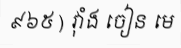
៩៦៥ ) វ៉ាំង ចៀន មេ